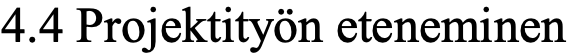
4.4 Projektityön eteneminen